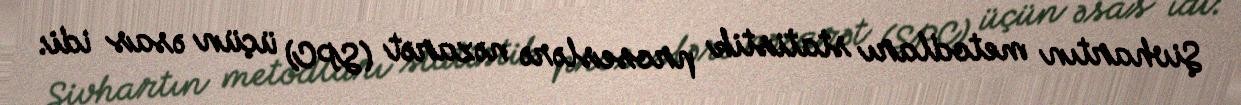
Şivhartın metodları statistik proseslərə nəzarət (SPC) üçün əsas idi: